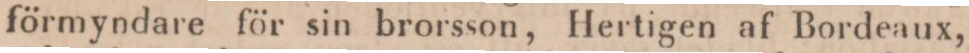
förmyndare för sin brorsson, Hertigen af Bordeaux,